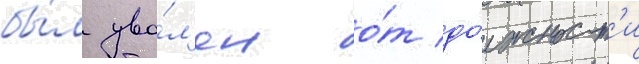
бы́л уво́л'ен о́т до́лжност'и